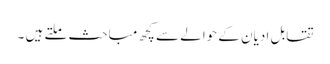
تقابل ادیان کے حوالے سے کچھ مباحث ملتے ہیں ۔